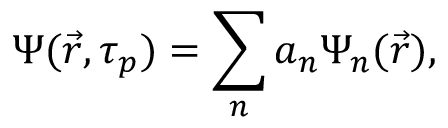
\Psi ( \vec { r } , \tau _ { p } ) = \sum _ { n } a _ { n } \Psi _ { n } ( \vec { r } ) ,